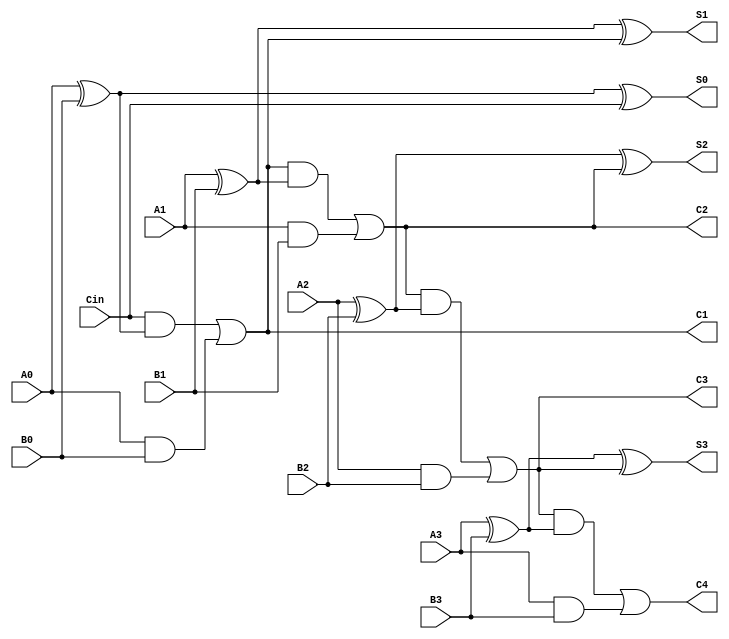
`timescale 1ns / 1ps

module BPA(
    input Cin,
    
    input A0,
    input A1,
    input A2,
    input A3,

    input B0,
    input B1,
    input B2,
    input B3,

    output C1,
    output C2,
    output C3,
    output C4,

    output S0,
    output S1,
    output S2,
    output S3
    );

assign S0 = (A0^B0)^Cin;
assign C1 = (Cin&(A0^B0)) | (A0&B0);

assign S1 = (A1^B1)^C1;
assign C2 = (C1&(A1^B1)) | (A1&B1);

assign S2 = (A2^B2)^C2;
assign C3 = (C2&(A2^B2)) | (A2&B2);

assign S3 = (A3^B3)^C3;
assign C4 = (C3&(A3^B3)) | (A3&B3);


endmodule